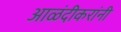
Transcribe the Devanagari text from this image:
आळंदीकरांनी